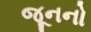
જૂનનો